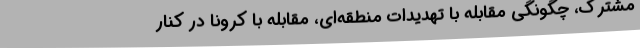
مشترک، چگونگی مقابله با تهدیدات منطقه‌ای، مقابله با کرونا در کنار